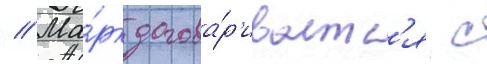
// Ма́рк догова́р'иваетс'я с